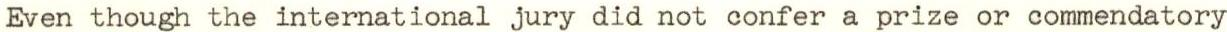
Even though the international jury did not confer a prize or commendatory